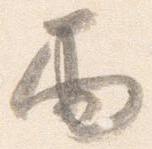
雨